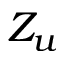
Z _ { u }